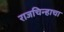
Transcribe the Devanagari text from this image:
राजचिन्हाचा